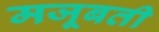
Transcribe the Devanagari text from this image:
मजूबती